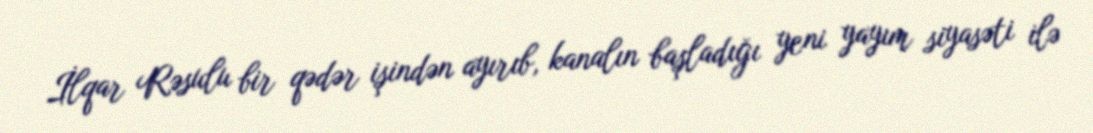
İlqar Rəsulu bir qədər işindən ayırıb, kanalın başladığı yeni yayım siyasəti ilə